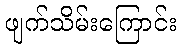
ဖျက်သိမ်းကြောင်း